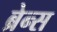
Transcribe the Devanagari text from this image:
ब्रेन्स